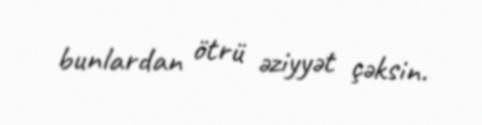
bunlardan ötrü əziyyət çəksin.